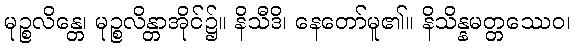
မုဉ္စလိန္တေ၊ မုဉ္စလိန္တာအိုင်၌။ နိသီဒိ၊ နေတော်မူ၏။ နိသိန္နမတ္တဿေဝ၊